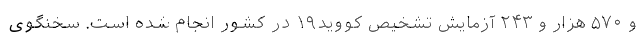
و ۵۷۰ هزار و ۲۴۳ آزمایش تشخیص کووید۱۹ در کشور انجام شده است. سخنگوی